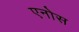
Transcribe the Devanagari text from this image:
एनोस